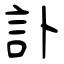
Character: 訃